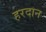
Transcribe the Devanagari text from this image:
हरदान